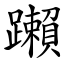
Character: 䠭